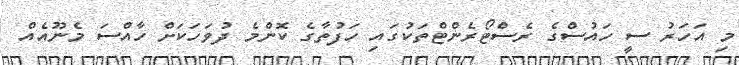
މި އަހަރު ސީ ހައުސްގެ ރެސްޓޯރެންޓްތަކުގައި ހަފުތާގެ ކޮންމެ ދުވަހަކަށް ހާއްސަ މެނޫއެއް